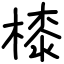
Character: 㯃